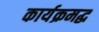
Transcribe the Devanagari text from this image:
कार्यक्रमद्ध